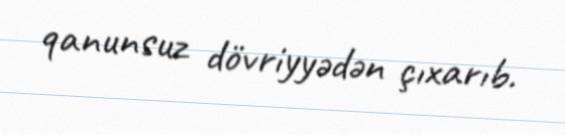
qanunsuz dövriyyədən çıxarıb.